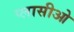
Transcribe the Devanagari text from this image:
प्लासीओ